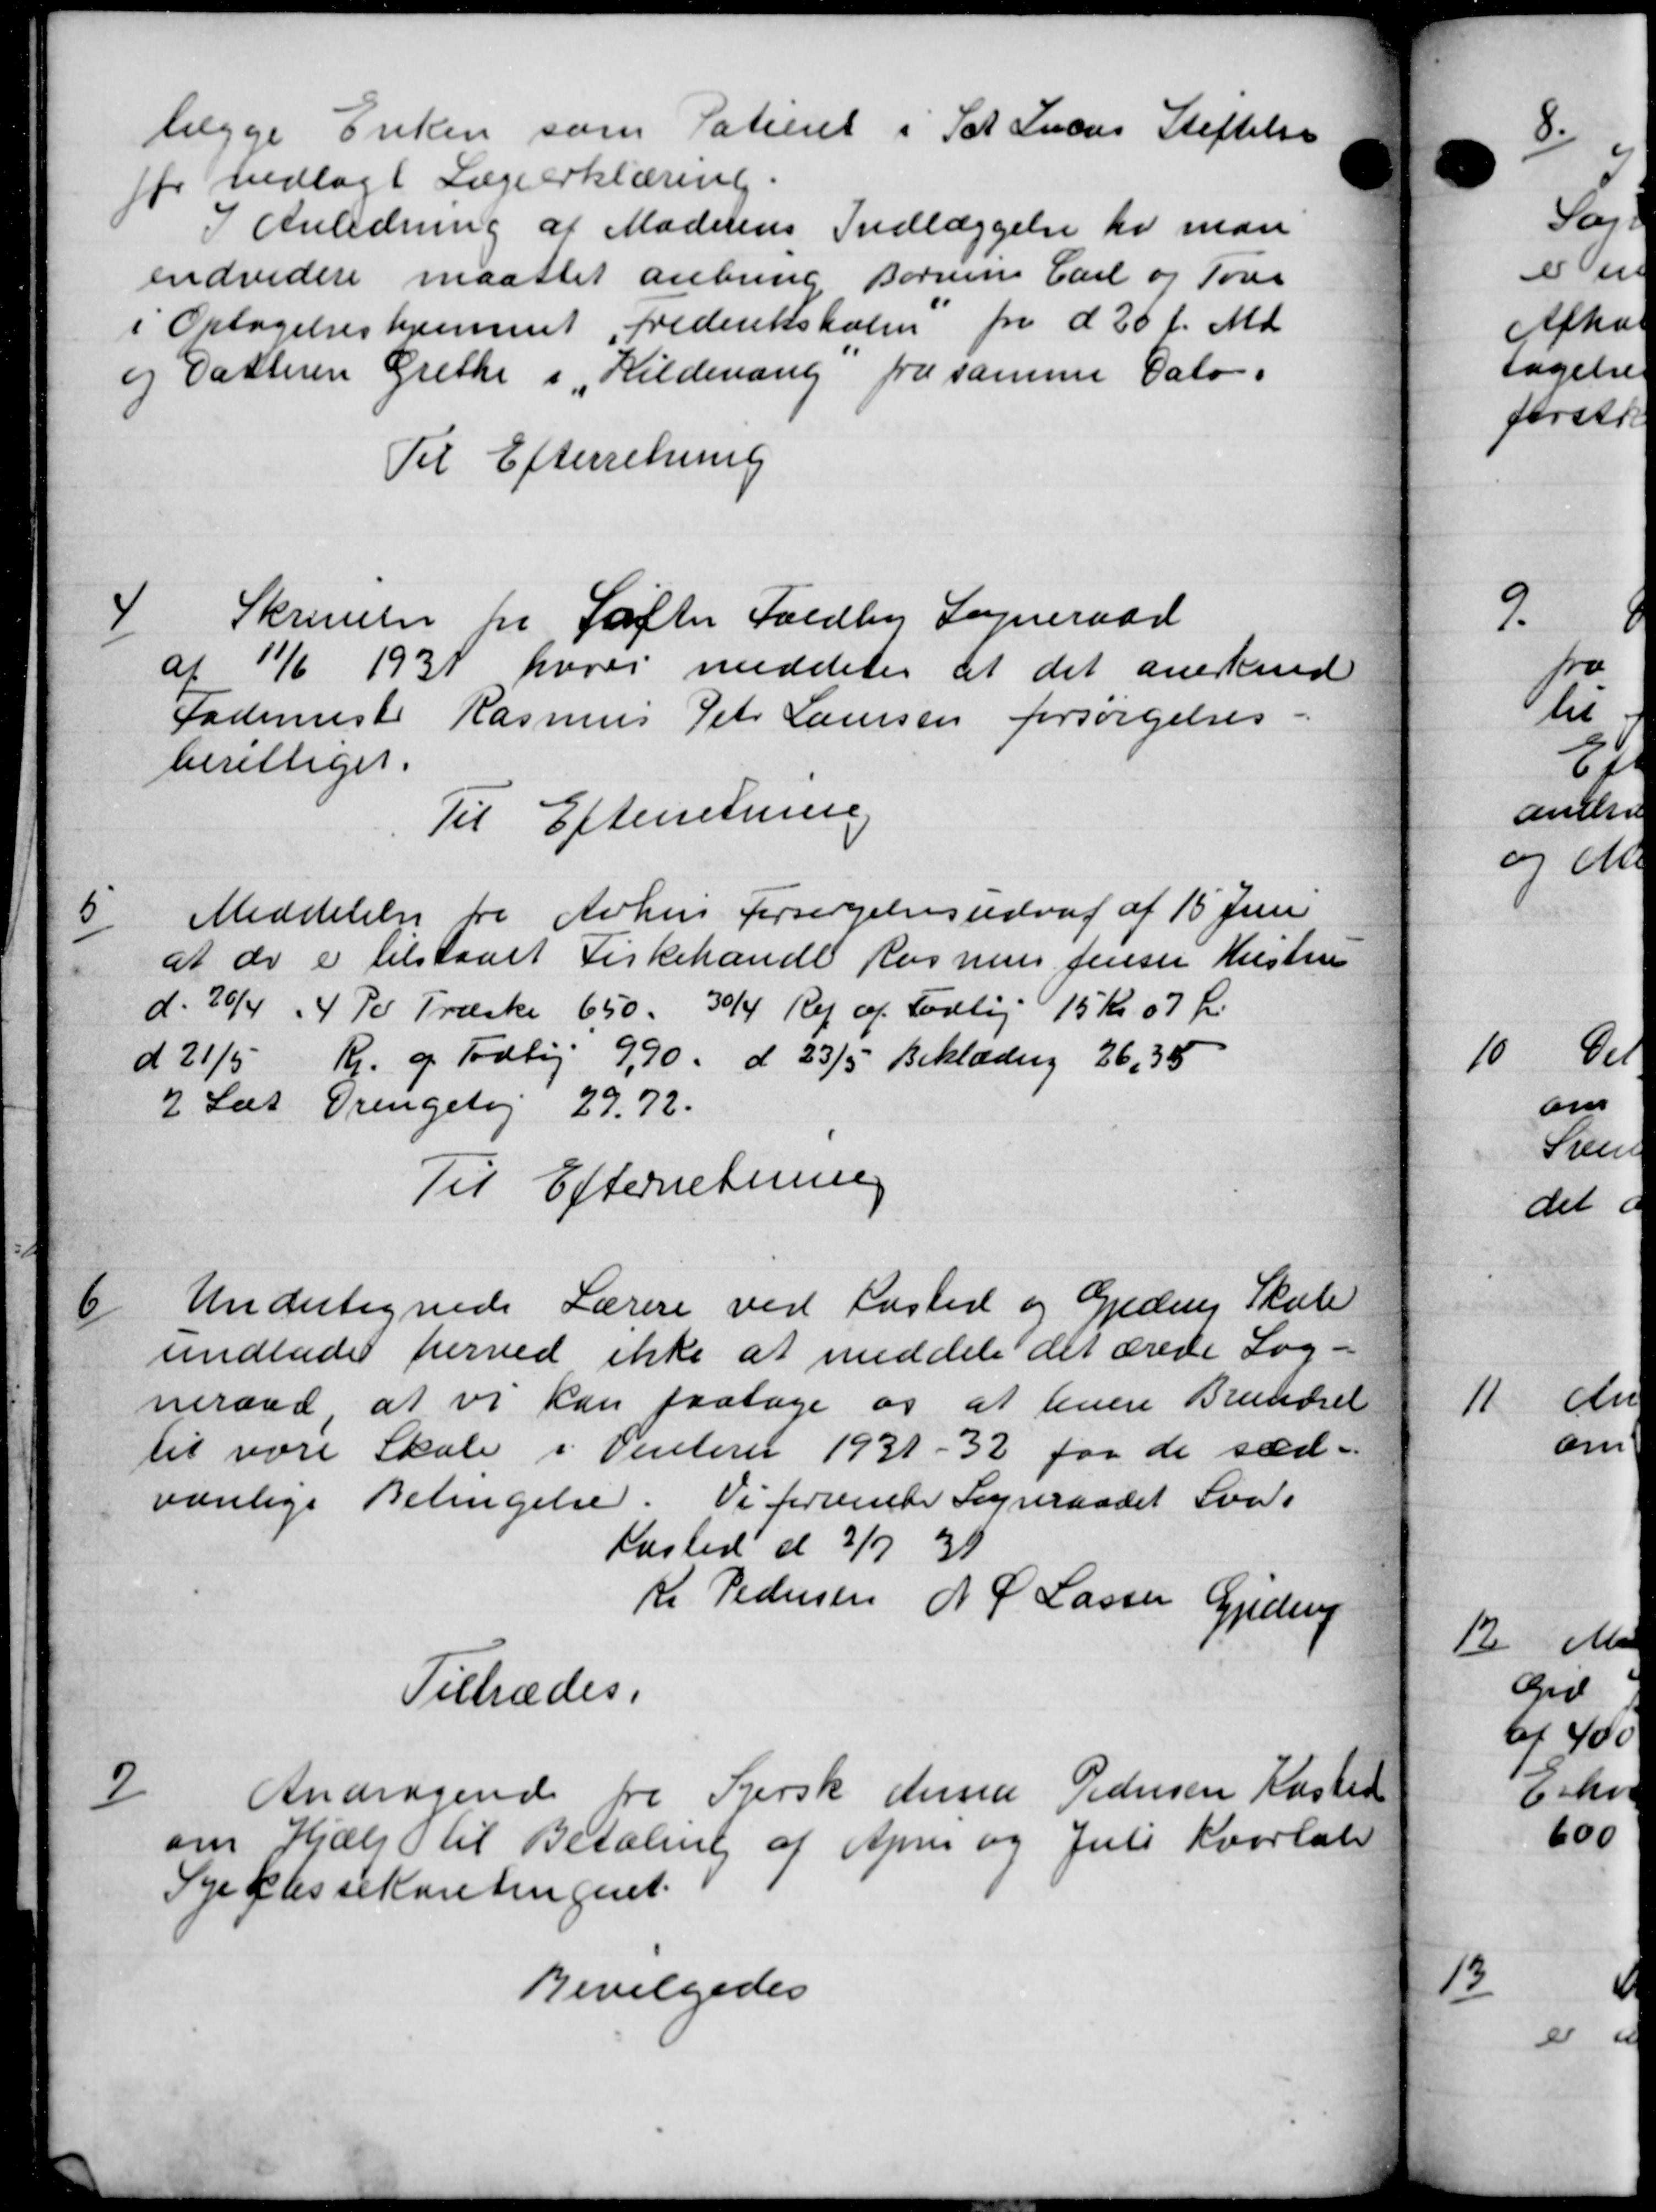
Transskription:
lægge Enken som Patieret i Sct Suens Stiftelse
før vedlagt Lægeerklæring.
I Anledning af Moderens Indlæggelse er man
endvidere maattet anbring Bornens Carl og Tør
i Optagelseshjemmet Frederiksholm for d. 26 f. Md.
og Datteren Grethe i „Kildevang fra samme Dato.
Til Efterretning
4
Skrivelse fra Søfter Foldby Sogneraad
af 11/6 1931 hvori meddeles at det anerkend
Fademester Rasmus Peter Laursen forsørgelses
berettiget.
Til Efterretning
5
Meddelelse fra Århus Forsørgelsesudval af 15 Juni
at de er tilstaaet Fiskehandl Rasmus Jensen Hustru
d. 20/4 - 4 Pd Træske 650 - 30/4 Rep af Fodtøj 15 Kr. 07 Øre
d 21/5 Kr. og Todtøj 9,90 d. 23/5 Beklædning 26,35
2 Læs Drengetøj 29,72.
Til Efterretning
6
Undertegnede Lærere ved Læsted og Gjedens Skole
undlader herved ikke at meddele det ærede Sog-
meraad at vi kan faatage og at levere Brændsel
til være Skole i Vinterer 1931 - 32 for de sæd-
varelige Betingelse. Vi forvede Sogneraadet Sva
Kasted d 3/7 39
Kr. Pedersen N. P Lassen Gjedrup
Tiltrædes.
7
Andragende fra Kirsk dersen Pedersen Kasted
om Hjælp til Betaling af April og Juli Kvartal
Syekassekontingent.
Bevilgedes